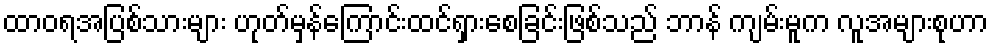
ထာဝရအပြစ်သားများ ဟုတ်မှန်ကြောင်းထင်ရှားစေခြင်းဖြစ်သည် ဘာန် ကျမ်းမူက လူအများစုဟာ